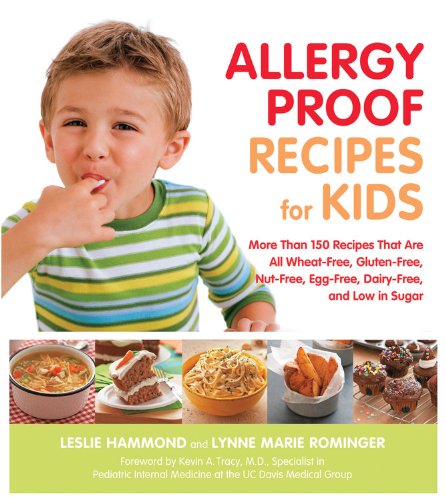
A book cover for Allergy Proof Recipes for Kids: More Than 150 Recipes That are All Wheat-Free, Gluten-Free, Nut-Free, Egg-Free and Low in Sugar; Leslie Hammond; Cookbooks, Food & Wine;